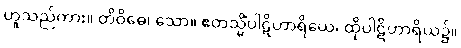
ဟူသည်ကား။ တိဝိဓေ၊ သော။ ဧတသ္မိံပါဋိဟာရိယေ၊ ထိုပါဋိဟာရိယ၌။